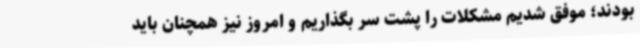
بودند؛ موفق شدیم مشکلات را پشت سر بگذاریم و امروز نیز همچنان باید